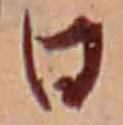
日